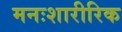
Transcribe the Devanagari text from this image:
मनःशारीरिक